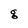
Character: g